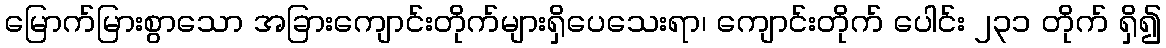
မြောက်မြားစွာသော အခြားကျောင်းတိုက်များရှိပေသေးရာ၊ ကျောင်းတိုက် ပေါင်း ၂၃၁ တိုက် ရှိ၍